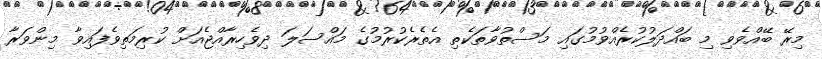
މިރޭ ބޭއްވެވި މި ބައްދަލުކުރެއްވުމުގައި މަސްތުވާތަކެތި އެތެރެކުރުމުގެ މައްސަލަ ދިވެހިރާއްޖެއަށް ކުރިމަތިވެފައިވާ މިންވަރާ